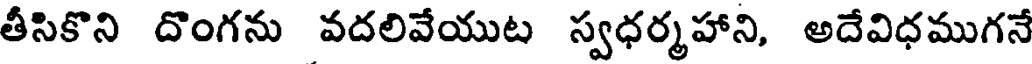
తీసికొని దొంగను వదలివేయుట స్వధర్మహాని, అదేవిధముగనే